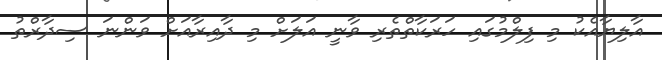
އާލިޔާއެކު މި ފިލްމުގައި ހަރަކާތްތެރި ވާނީ އަލަށް މި ދާއިރާއަށް ވަންނަ ސިދާރްތު